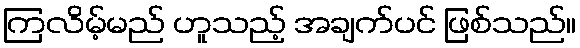
ကြလိမ့်မည် ဟူသည့် အချက်ပင် ဖြစ်သည်။